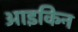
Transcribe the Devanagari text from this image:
आइकिन